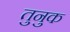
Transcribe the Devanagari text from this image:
तुनुक